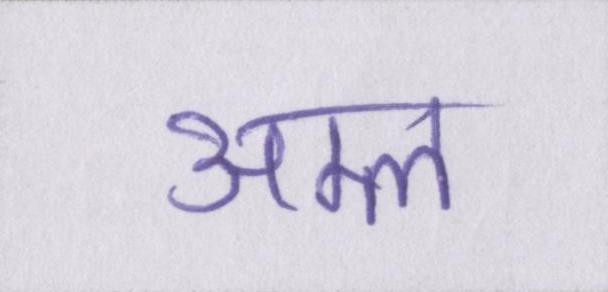
अम्ल